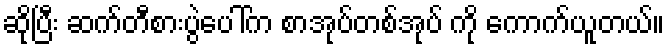
ဆိုပြီး ဆက်တီစားပွဲပေါ်က စာအုပ်တစ်အုပ် ကို ကောက်ယူတယ်။